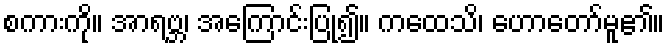
စကားကို။ အာရဗ္ဘ၊ အကြောင်းပြု၍။ ကထေသိ၊ ဟောတော်မူ၏။